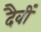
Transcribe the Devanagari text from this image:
दैवीं